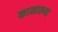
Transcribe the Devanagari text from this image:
कामारुपा